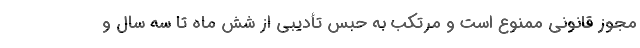
مجوز قانونی ممنوع است و مرتکب به حبس تأدیبی از شش ماه تا سه سال و